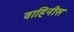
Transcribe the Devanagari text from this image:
वाहिनीस